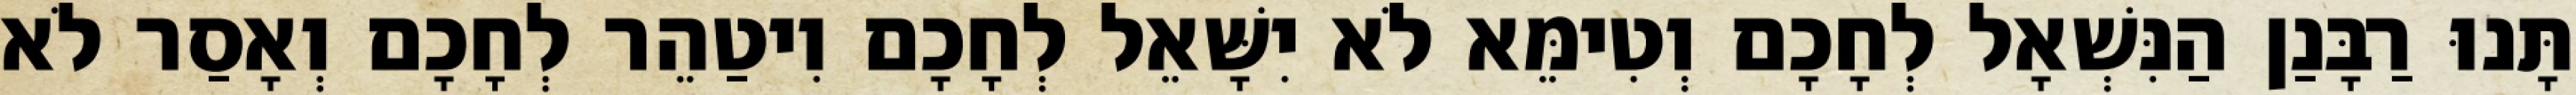
תָּנוּ רַבָּנַן הַנִּשְׁאָל לְחָכָם וְטִימֵּא לֹא יִשָּׁאֵל לְחָכָם וִיטַהֵר לְחָכָם וְאָסַר לֹא